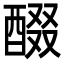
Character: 醊